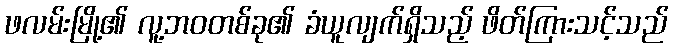
ဖလမ်းမြို့၏ လူ့ဘဝတစ်ခု၏ ခံယူလျက်ရှိသည့် ဖိတ်ကြားသင့်သည်